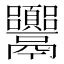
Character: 𩱴